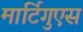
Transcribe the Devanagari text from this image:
मार्टिगुएस